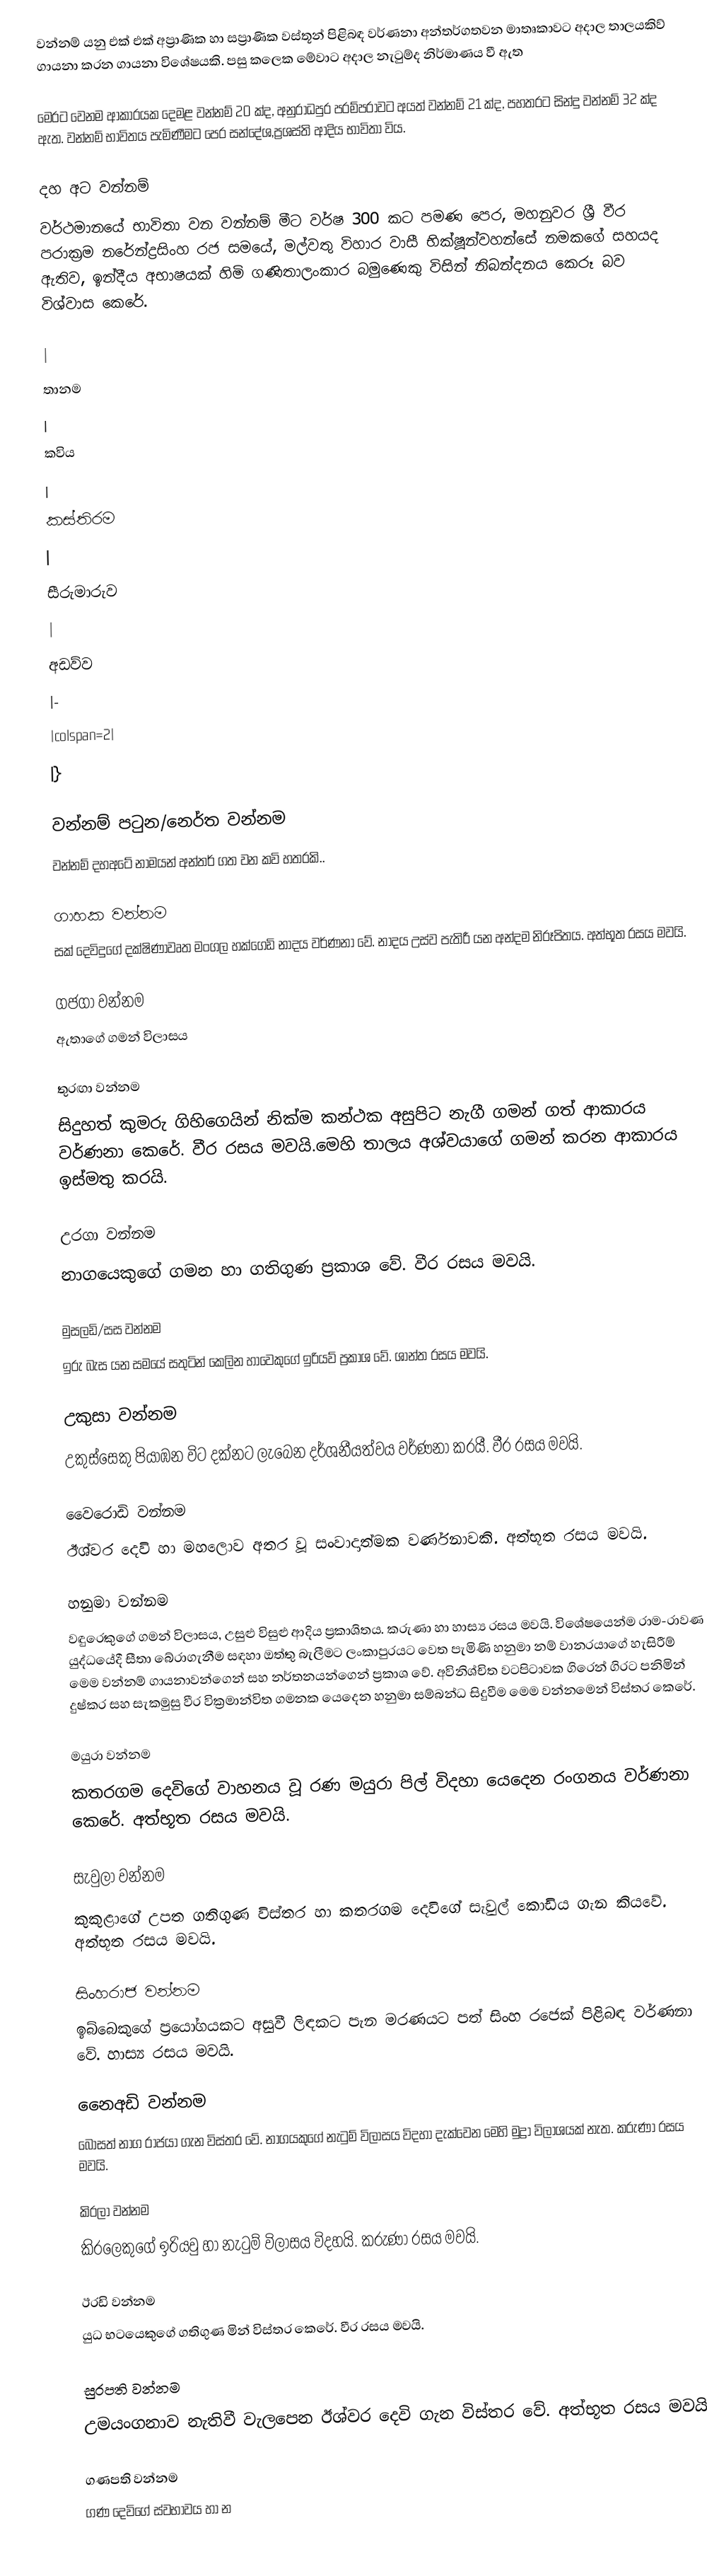
වන්නම් යනු එක් එක් අප්‍රාණික හා සප්‍රාණික වස්තූන් පිළිබඳ වර්ණනා අන්තර්ගතවන මාතෘකාවට අදාල තාලයකිව් ගායනා කරන ගායනා විශේෂයකි.  පසු කලෙක මේවාට අදාල නැටුම්ද නිර්මාණය වී ඇත

මෙරට වෙනම ආකාරයක දෙමළ වන්නම් 20 ක්ද, අනුරාධපුර පරම්පරාවට අයත් වන්නම් 21 ක්ද, පහතරට සින්දු වන්නම් 32 ක්ද ඇත. වන්නම් භාවිතය පැමිණීමට පෙර සන්දේශ,ප්‍රශස්ති ආදිය භාවිතා විය.

දහ අට වන්නම්
වර්ථමානයේ භාවිතා වන වන්නම් මීට වර්ෂ 300 කට පමණ පෙර, මහනුවර ශ්‍රී වීර පරාක්‍රම නරේන්ද්‍රසිංහ රජ සමයේ, මල්වතු විහාර වාසී භික්ෂූන්වහන්සේ නමකගේ සහයද ඇතිව, ඉන්දීය අභාෂයක් හිමි ගණිතාලංකාර බමුණෙකු විසින් නිබන්දනය කෙරූ බව විශ්වාස කෙරේ.

|
තානම
|
කවිය
|
කස්තිරම
|
සීරුමාරුව
|
අඩව්ව
|-
|colspan=2|
|}

වන්නම් පටුන/නෙර්ත වන්නම
වන්නම් දහඅටේ නාමයන් අන්තර් ගත වන කවි හතරකි..

ගාහක වන්නම
සක් දෙවිදුගේ දක්ෂිණාවෘත මංගල හක්ගෙඩි නාදය වර්ණනා වේ. නාදය උස්ව පැතිරී යන අන්දම නිරූපිතය. අත්භූත රසය මවයි.

ගජගා වන්නම
ඇතාගේ ගමන් විලාසය

තුරඟා වන්නම
සිදුහත් කුමරු ගිහිගෙයින් නික්ම කන්ථක අසුපිට නැගී ගමන් ගත් ආකාරය වර්ණනා කෙරේ. වීර රසය මවයි.මෙහි තාලය අශ්වයාගේ ගමන් කරන ආකාරය ඉස්මතු කරයි.

උරගා වන්නම
නාගයෙකුගේ ගමන හා ගතිගුණ ප්‍රකාශ වේ. වීර රසය මවයි.

මුසලඩි/සස වන්නම
ඉරු බැස යන සමයේ සතුටින් කෙලින හාවෙකුගේ ඉරියව් ප්‍රකාශ වේ. ශාන්ත රසය මවයි.

උකුසා වන්නම
උකුස්සෙකු පියාඹන විට දක්නට ලැබෙන දර්ශනීයත්වය වර්ණනා කරයී. වීර රසය මවයි.

වෛරොඩි වන්නම
ඊශ්වර දෙවි හා මහලොව අතර වූ සංවාදාත්මක වර්ණනාවකි. අත්භූත රසය මවයි.

හනුමා වන්නම
වඳුරෙකුගේ ගමන් විලාසය, උසුළු විසුළු ආදිය ප්‍රකාශිතය. කරුණා හා හාස්‍ය රසය මවයි. විශේෂයෙන්ම රාම-රාවණ යුද්ධයේදී සීතා බේරාගැනීම සඳහා ඔත්තු බැලීමට  ලංකාපුරයට වෙත පැමිණි හනුමා නම් වානරයාගේ හැසිරීම් මෙම වන්නම් ගායනාවන්ගෙන් සහ නර්තනයන්ගෙන් ප්‍රකාශ වේ. අවිනිශ්චිත වටපිටාවක ගිරෙන් ගිරට පනිමින් දුෂ්කර සහ සැකමුසු වීර වික්‍රමාන්විත ගමනක යෙදෙන හනුමා සම්බන්ධ සිදුවීම මෙම වන්නමෙන් විස්තර කෙරේ.

මයුරා වන්නම
කතරගම දෙවිගේ වාහනය වූ රණ මයුරා පිල් විදහා යෙදෙන රංගනය වර්ණනා කෙරේ. අත්භූත රසය මවයි.

සැවුලා වන්නම
කුකුළාගේ උපත ගතිගුණ විස්තර හා කතරගම දෙවිගේ සැවුල් කොඩිය ගැන කියවේ. අත්භූත රසය මවයි.

සිංහරාජ වන්නම
ඉබ්බෙකුගේ ප්‍රයෝගයකට අසුවී ලිඳකට පැන මරණයට පත් සිංහ රජෙක් පිළිබඳ වර්ණනා වේ. හාස්‍ය රසය මවයි.

නෙෙඅඩි වන්නම
බෝසත් නාග රාජයා ගැන විස්තර වේ. නාගයකුගේ නැටුම් විලාසය විදහා දැක්වෙන මෙහි මුද්‍රා විලාශයක් නැත. කරුණා රසය මවයි.

කිරලා වන්නම
කිරලෙකුගේ ඉරියවු හා නැටුම් විලාසය විදහයි. කරුණා රසය මවයි.

ඊරඩි වන්නම
යුධ භටයෙකුගේ ගතිගුණ මින් විස්තර කෙරේ. වීර රසය මවයි.

සුරපති වන්නම
උමයංගනාව නැතිවී වැලපෙන ඊශ්වර දෙවි ගැන විස්තර වේ. අත්භූත රසය මවයි.

ගණපති වන්නම
ගණ දෙවිගේ ස්වභාවය හා න